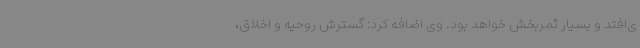
ی‌افتد و بسیار ثمربخش خواهد بود. وی اضافه کرد: گسترش روحیه و اخلاق،